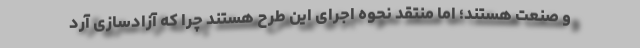
و صنعت هستند؛ اما منتقد نحوه اجرای این طرح هستند چرا که آزادسازی آرد